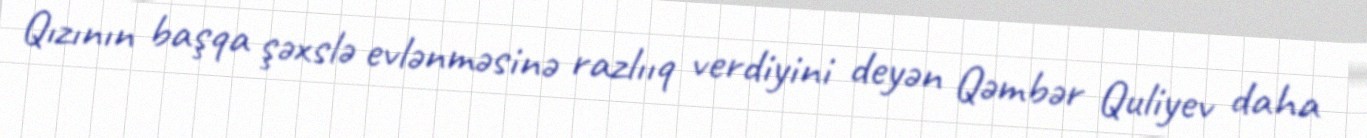
Qızının başqa şəxslə evlənməsinə razlııq verdiyini deyən Qəmbər Quliyev daha